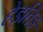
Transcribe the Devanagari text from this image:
हेइतिङ